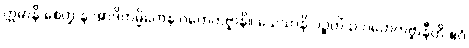
ဣမာနိ စေတ္ထ န အာဒိကမ္မိကေန ဂဟေတဗ္ဗာနိ။ သေသာနိ ပဉ္စတိံသ ဂဟေတဗ္ဗာနီတိ ဧဝံ